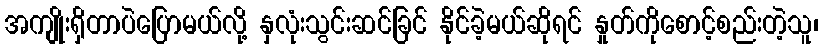
အကျိုးရှိတာပဲပြောမယ်လို့ နှလုံးသွင်းဆင်ခြင် နိုင်ခဲ့မယ်ဆိုရင် နှုတ်ကိုစောင့်စည်းတဲ့သူ၊